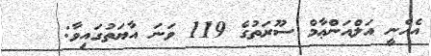
އެހެނީ އަލްއަންޢާމް ސޫރަތުގެ 119 ވަނަ އާޔަތުގައިވާ: